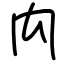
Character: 禸